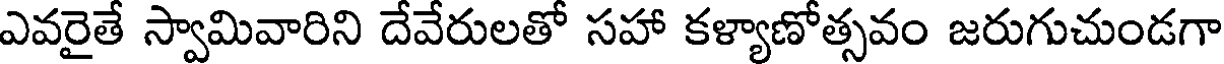
ఎవరైతే స్వామివారిని దేవేరులతో సహా కళ్యాణోత్సవం జరుగుచుండగా